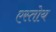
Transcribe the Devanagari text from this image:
एस्तोय